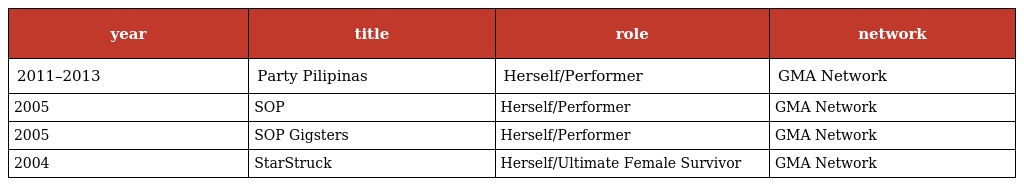
| year | title | role | network |
 | --- | --- | --- | --- |
 | 2011–2013 | Party Pilipinas | Herself/Performer | GMA Network |
 | 2005 | SOP | Herself/Performer | GMA Network |
 | 2005 | SOP Gigsters | Herself/Performer | GMA Network |
 | 2004 | StarStruck | Herself/Ultimate Female Survivor | GMA Network |